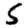
Digit: 5